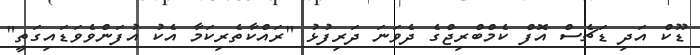
ޑޫކް އަދި ޑަޗެސް އޮފް ކެމްބްރިޖްގެ ދެވަނަ ދަރިފުޅު "ރައްކާތެރިކަމާ އެކު އުފަންވެވަޑައިގަތީ"